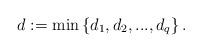
LaTeX: \begin{align*}d:= \min \left\{d_1, d_2, ..., d_q\right\}.\end{align*}